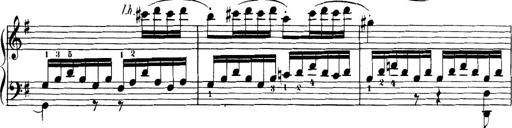
Title: 32 Sonatinas and Rondos for the Piano
Composer: Richard Kleinmichel